Civil Veterinary Dept. Bombay admin report 1893-99 - 1893-1899
Year: 1893
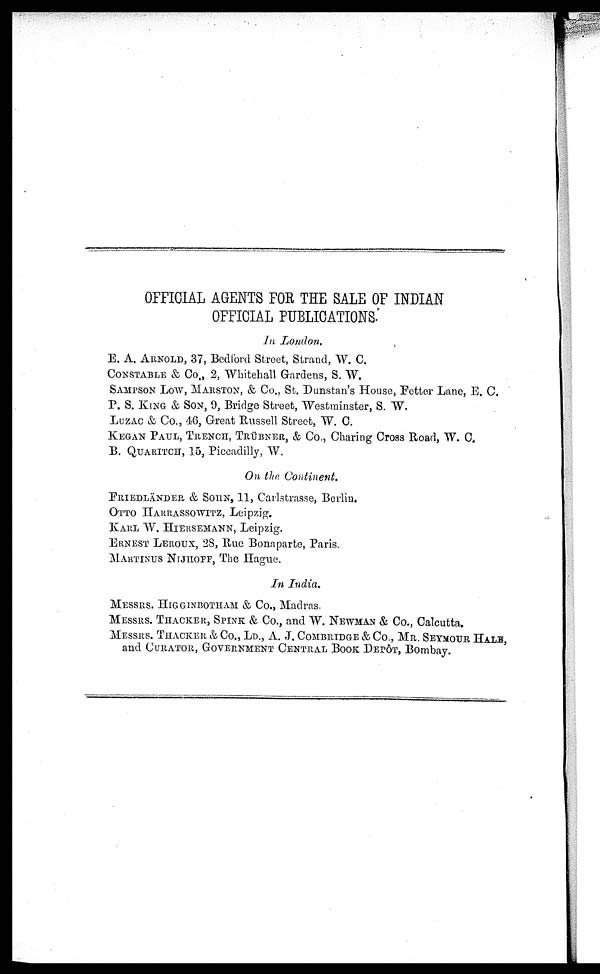
OFFICIAL AGENTS FOR THE SALE OF INDIAN
OFFICIAL PUBLICATIONS.
In London.
E. A. AERNOLD, 37, Bedford Street, Strand, W. C.
CONSTABLE & Co., 2, Whitehall Gardens, S. W.
SAMPSON Low, MARTSON, & Co., St. Dunstan's House, Fetter Lane, E. C.
P. S. KING & SON, 9, Bridge Street, Westminster, S. W.
LUZAC & Co., 46, Great Russell Street, W. C.
KEGAN PAUL, TRENCH, TRÜBNER, & Co., Charing Cross Road, W. C.
B. QUARITCH, 15, Piccadilly, W.
On the Continent.
FRIEDLÄNDER & SOHN, 11, Carlstrasse, Berlin.
OTTO HARRASSOWUTZ, Leipzig.
KARL W. HIERSEMANN, Leipzig.
ERNEST LEROUX, 28, Rue Bonaparte, Paris.
MARTINUS NIJHOFF, The Hague.
In India.
MESSERS. HIGGOBOTHAM & Co., Madras.
MESSERS. THACKER, SPINK & Co., and W. NEWMAN & Co., Calcutta.
MESSERS THACKER & Co., LD., A. J. COMBRIDGE & Co., MR. SEYMOUR HALS,
and CURATOR, GOVERNMENT CENTRAL BOOK DEPOT, Bombay.